Sketch of the medical history of the native army of Bombay, for the year
Year: 1870
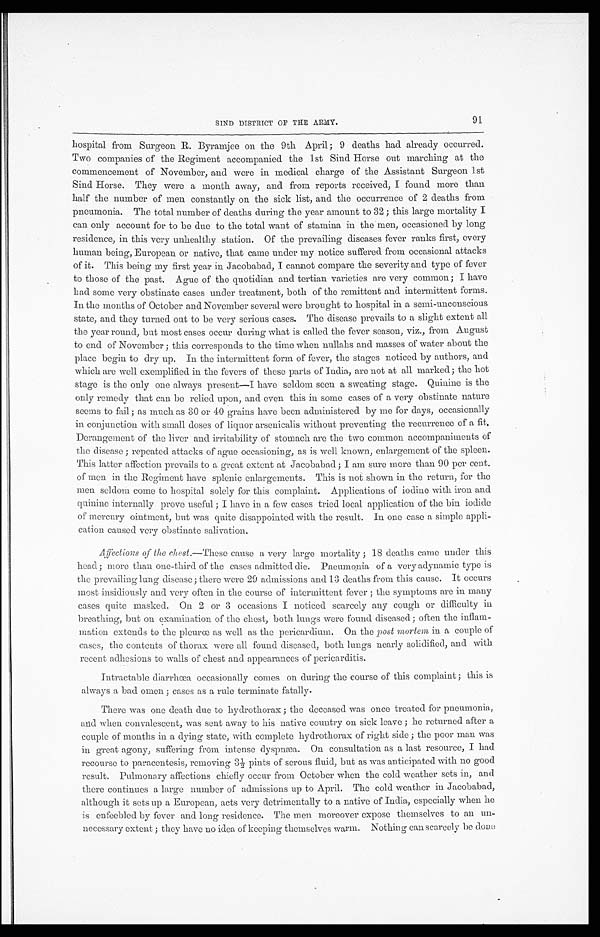
SIND DISTRICT OF THE ARMY.
hospital from Surgeon R. Byramjee on the 9th April ; 9 deaths had already occurred.
Two companies of the Regiment accompanied the 1st Sind Horse out marching at the
commencement of November, and were in medical charge of the Assistant Surgeon 1st
Sind Horse. They were a month away, and from reports received, I found more than
half the number of men constantly on the sick list, and the occurrence of 2 deaths from
pneumonia. The total number of deaths during the year amount to 32 ; this large mortality I
can only account for to be due to the total want of stamina in the men, occasioned by long
residence, in this very unhealthy station. Of the prevailing diseases fever ranks first, every
human being, European or native, that came under my notice suffered from occasional attacks
of it. This being my first year in Jacobabad, I cannot compare the severity and type of fever
to those of the past. Ague of the quotidian and tertian varieties are very common; I have
had some very obstinate cases under treatment, both of the remittent and intermittent forms.
In the months of October and November several were brought to hospital in a semi-unconscious
state, and they turned out to be very serious cases. The disease prevails to a slight extent all
the year round, but most cases occur during what is called the fever season, viz., from August
to end of November ; this corresponds to the time when nullahs and masses of water about the
place begin to dry up. In the intermittent form of fever, the stages noticed by authors, and
which are well exemplified in the fevers of these parts of India, are not at all marked ; the hot
stage is the only one always present—I have seldom seen a sweating stage. Quinine is the
only remedy that can be relied upon, and even this in some cases of a very obstinate nature
seems to fail ; as much as 30 or 40 grains have been administered by me for days, occasionally
in conjunction with small doses of liquor arsenicalis without preventing the recurrence of a fit.
Derangement of the liver and irritability of stomach are the two common accompaniments of
the disease ; repeated attacks of ague occasioning, as is well known, enlargement of the spleen.
This latter affection prevails to a great extent at Jacobabad ; I am sure more than 90 per cent.
of men in the Regiment have spleni.c enlargements. This is not shown in the return, for the
men seldom come to hospital solely for this complaint. Applications of iodine with iron and
quinine internally prove useful ; I have in a few cases tried local application of the bin iodide
of mercury ointment, but was quite disappointed with the result. In one case a simple appli-
cation caused very obstinate salivation.
Affections of the chest .—These cause a very large mortality ; 18 deaths came under this
head ; more than one-third of the cases admitted die. Pneumonia of a very adynamic type is
the prevailing lung disease ; there were 29 admissions and 13 deaths from this cause. It occurs
most insidiously and very often in the course of intermittent fever ; the symptoms are in many
cases quite masked. On 2 or 3 occasions I noticed scarcely any cough. or difficulty in
breathing, but on examination of the chest, both. lungs were found diseased ; often the inflam-
- m a t i o n . e x t e n d s t o t h e p l e u r œ a s w e l l a s t h e p e r i c a r d i u m . O n t h ep
o s t m o r t e m
i n
a c o u p l e o f
cases, the contents of thorax were all found diseased, both lungs nearly solidified, and with
recent adhesions to walls of chest and appearances of pericarditis.
Intractable diarrhœa occasionally comes on during the course of this complaint ; this is
always a bad omen ; cases as a rule terminate fatally.
There was one death due to hydrothorax ; the deceased was once treated for pneumonia,
and when convalescent, was sent away to his native country on sick leave ; he returned after a
couple of months in a dying state, with complete hydrothorax of right side ; the poor man was
in great agony, suffering from intense dyspnæa. On consultation as a last resource, I had
recourse to paracentesis, removing 3½ pints of serous fluid, but as was anticipated with no good
result. Pulmonary affections chiefly occur from October when the cold weather sets in, and
there continues a large number of admissions up to April. The cold weather in Jacobabad,
although it sets up a European, acts very detrimentally to a native of India, especially when he
is enfeebled by fever and long residence. The men moreover expose themselves to an un-
necessary extent ; they have no idea of keeping themselves warm. Nothing can scarcely be done